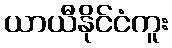
ယာယီနိုင်ငံကူး